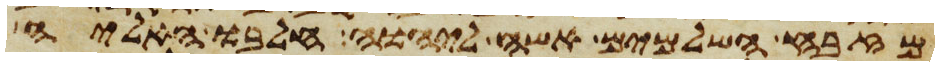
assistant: מזבח השלמים אשה ליהוה חלבו האליה